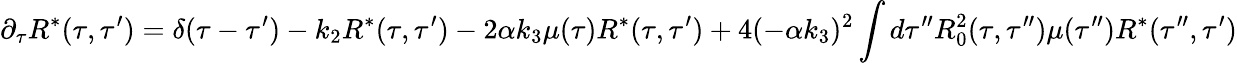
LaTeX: \partial_{\tau}R^{*}(\tau,\tau^{\prime})=\delta(\tau-\tau^{\prime})-k_{2}R^{*}(\tau,\tau^{\prime})-2\alpha k_{3}\mu(\tau)R^{*}(\tau,\tau^{\prime})+4(-\alpha k_{3})^{2}\int d\tau^{\prime\prime}R_{0}^{2}(\tau,\tau^{\prime\prime})\mu(\tau^{\prime\prime})R^{*}(\tau^{\prime\prime},\tau^{\prime})